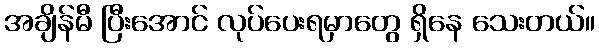
အချိန်မီ ပြီးအောင် လုပ်ပေးရမှာတွေ ရှိနေ သေးတယ်။